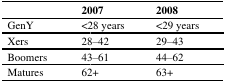
|  | 2007 | 2008 |
 | --- | --- | --- |
 | GenY | <28 years | <29 years |
 | Xers | 28–42 | 29–43 |
 | Boomers | 43–61 | 44–62 |
 | Matures | 62+ | 63+ |